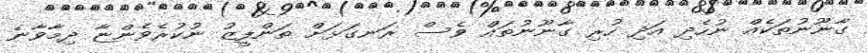
ގާނޫނުތަކެއް ނުހެދި އަދި ހުރި ގާނޫނުތައް ވެސް ރަނގަޅަށް ތަންފީޒު ނުކުރެވެންޏާ ދިމާވާނެ